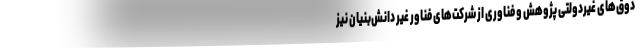
دوق‌های غیردولتی پژوهش و فناوری از شرکت‌های فناور غیر دانش‌بنیان نیز